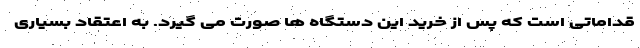
قداماتی است که پس از خرید این دستگاه ها صورت می گیرد. به اعتقاد بسیاری